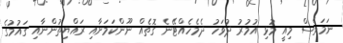
ނަމަވެސް މިއީ މުޅި އުމުރު ދުވަހު ދެމެހެއްޓޭނެ ގޮތެއް ނޫންކަމަށާއި ރައްޔިތުންނާއި ގައުމުގެ